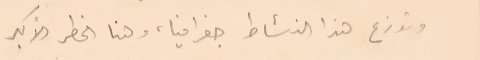
وتوزع هذا النشاط جغرافيا، وهنا الخطر الأكبر